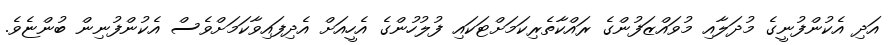
އަދި އެކުންފުނީގެ މުދަލާއި މުވައްޒަފުންގެ ރައްކާތެރިކަމަށްޓަކައި ފުލުހުންގެ އެހީއަށް އެދިފައިވާކަމަށްވެސް އެކުންފުނިން ބުންޏެވެ.